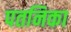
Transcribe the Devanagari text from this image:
पतनिका